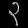
Digit: ၃